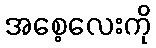
အစေ့လေးကို